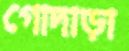
গোদাড়া